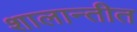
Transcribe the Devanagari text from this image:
शालान्तीत